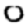
Digit: 0